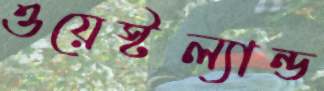
ওয়েস্টল্যান্ড